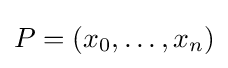
P=(x_{0},\ldots ,x_{n})